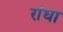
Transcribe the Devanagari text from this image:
रांधा